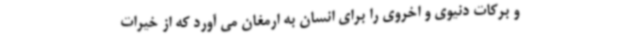
و برکات دنیوی و اخروی را برای انسان به ارمغان می آورد که از خیرات